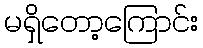
မရှိတော့ကြောင်း